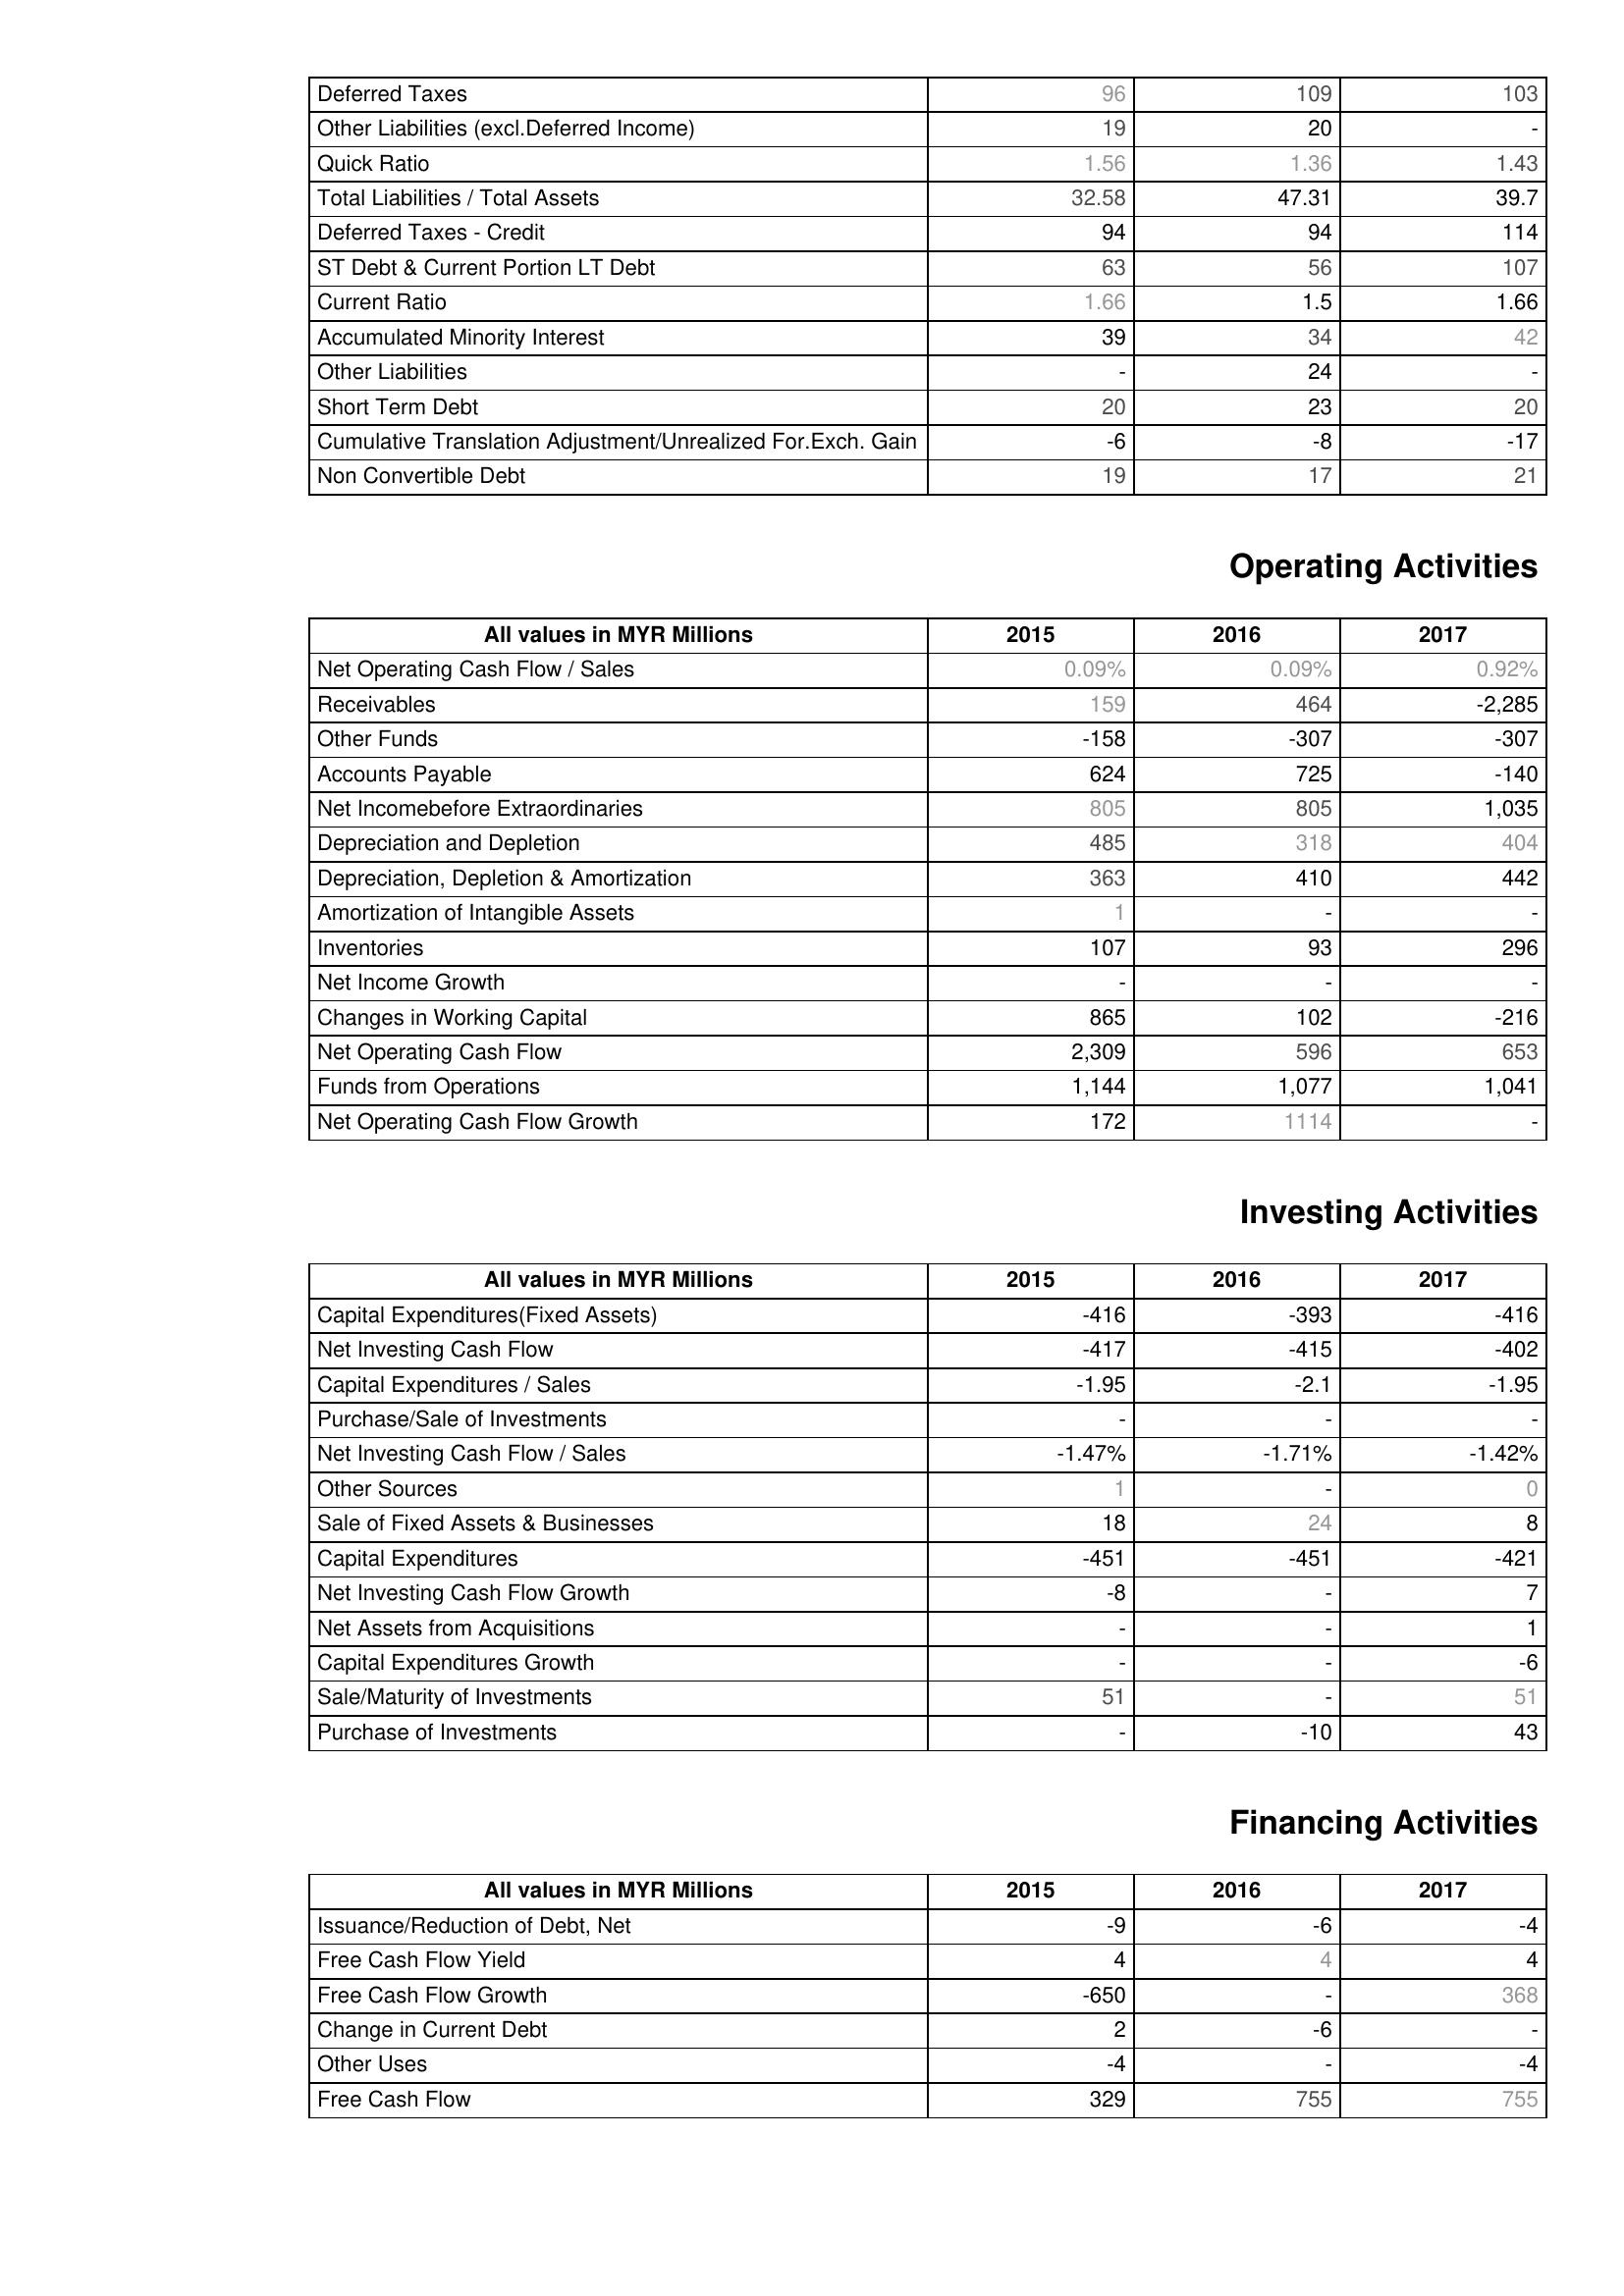
2015: Liabilities & Shareholder's Equity: Deferred Taxes: 96
Other Liabilities (excl.Deferred Income): 19
Quick Ratio: 1.56
Total Liabilities / Total Assets: 32.58
Deferred Taxes - Credit: 94
ST Debt & Current Portion LT Debt: 63
Current Ratio: 1.66
Accumulated Minority Interest: 39
Other Liabilities: -
Short Term Debt: 20
Cumulative Translation Adjustment/Unrealized For.Exch. Gain: -6
Non Convertible Debt: 19
Operating Activities: Net Operating Cash Flow / Sales: 0.09%
Receivables: 159
Other Funds: -158
Accounts Payable: 624
Net Incomebefore Extraordinaries: 805
Depreciation and Depletion: 485
Depreciation, Depletion & Amortization: 363
Amortization of Intangible Assets: 1
Inventories: 107
Net Income Growth: -
Changes in Working Capital: 865
Net Operating Cash Flow: 2,309
Funds from Operations: 1,144
Net Operating Cash Flow Growth: 172
Investing Activities: Capital Expenditures(Fixed Assets): -416
Net Investing Cash Flow: -417
Capital Expenditures / Sales: -1.95
Purchase/Sale of Investments: -
Net Investing Cash Flow / Sales: -1.47%
Other Sources: 1
Sale of Fixed Assets & Businesses: 18
Capital Expenditures: -451
Net Investing Cash Flow Growth: -8
Net Assets from Acquisitions: -
Capital Expenditures Growth: -
Sale/Maturity of Investments: 51
Purchase of Investments: -
Financing Activities: Issuance/Reduction of Debt, Net: -9
Free Cash Flow Yield: 4
Free Cash Flow Growth: -650
Change in Current Debt: 2
Other Uses: -4
Free Cash Flow: 329
2016: Liabilities & Shareholder's Equity: Deferred Taxes: 109
Other Liabilities (excl.Deferred Income): 20
Quick Ratio: 1.36
Total Liabilities / Total Assets: 47.31
Deferred Taxes - Credit: 94
ST Debt & Current Portion LT Debt: 56
Current Ratio: 1.5
Accumulated Minority Interest: 34
Other Liabilities: 24
Short Term Debt: 23
Cumulative Translation Adjustment/Unrealized For.Exch. Gain: -8
Non Convertible Debt: 17
Operating Activities: Net Operating Cash Flow / Sales: 0.09%
Receivables: 464
Other Funds: -307
Accounts Payable: 725
Net Incomebefore Extraordinaries: 805
Depreciation and Depletion: 318
Depreciation, Depletion & Amortization: 410
Amortization of Intangible Assets: -
Inventories: 93
Net Income Growth: -
Changes in Working Capital: 102
Net Operating Cash Flow: 596
Funds from Operations: 1,077
Net Operating Cash Flow Growth: 1114
Investing Activities: Capital Expenditures(Fixed Assets): -393
Net Investing Cash Flow: -415
Capital Expenditures / Sales: -2.1
Purchase/Sale of Investments: -
Net Investing Cash Flow / Sales: -1.71%
Other Sources: -
Sale of Fixed Assets & Businesses: 24
Capital Expenditures: -451
Net Investing Cash Flow Growth: -
Net Assets from Acquisitions: -
Capital Expenditures Growth: -
Sale/Maturity of Investments: -
Purchase of Investments: -10
Financing Activities: Issuance/Reduction of Debt, Net: -6
Free Cash Flow Yield: 4
Free Cash Flow Growth: -
Change in Current Debt: -6
Other Uses: -
Free Cash Flow: 755
2017: Liabilities & Shareholder's Equity: Deferred Taxes: 103
Other Liabilities (excl.Deferred Income): -
Quick Ratio: 1.43
Total Liabilities / Total Assets: 39.7
Deferred Taxes - Credit: 114
ST Debt & Current Portion LT Debt: 107
Current Ratio: 1.66
Accumulated Minority Interest: 42
Other Liabilities: -
Short Term Debt: 20
Cumulative Translation Adjustment/Unrealized For.Exch. Gain: -17
Non Convertible Debt: 21
Operating Activities: Net Operating Cash Flow / Sales: 0.92%
Receivables: -2,285
Other Funds: -307
Accounts Payable: -140
Net Incomebefore Extraordinaries: 1,035
Depreciation and Depletion: 404
Depreciation, Depletion & Amortization: 442
Amortization of Intangible Assets: -
Inventories: 296
Net Income Growth: -
Changes in Working Capital: -216
Net Operating Cash Flow: 653
Funds from Operations: 1,041
Net Operating Cash Flow Growth: -
Investing Activities: Capital Expenditures(Fixed Assets): -416
Net Investing Cash Flow: -402
Capital Expenditures / Sales: -1.95
Purchase/Sale of Investments: -
Net Investing Cash Flow / Sales: -1.42%
Other Sources: 0
Sale of Fixed Assets & Businesses: 8
Capital Expenditures: -421
Net Investing Cash Flow Growth: 7
Net Assets from Acquisitions: 1
Capital Expenditures Growth: -6
Sale/Maturity of Investments: 51
Purchase of Investments: 43
Financing Activities: Issuance/Reduction of Debt, Net: -4
Free Cash Flow Yield: 4
Free Cash Flow Growth: 368
Change in Current Debt: -
Other Uses: -4
Free Cash Flow: 755